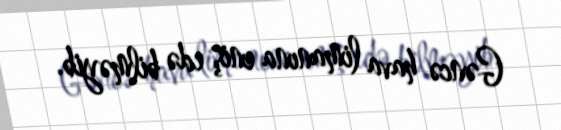
Gəncə hava limanına eniş edə bilməyib.